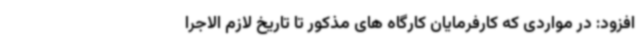
افزود: در مواردی که کارفرمایان کارگاه های مذکور تا تاریخ لازم الاجرا